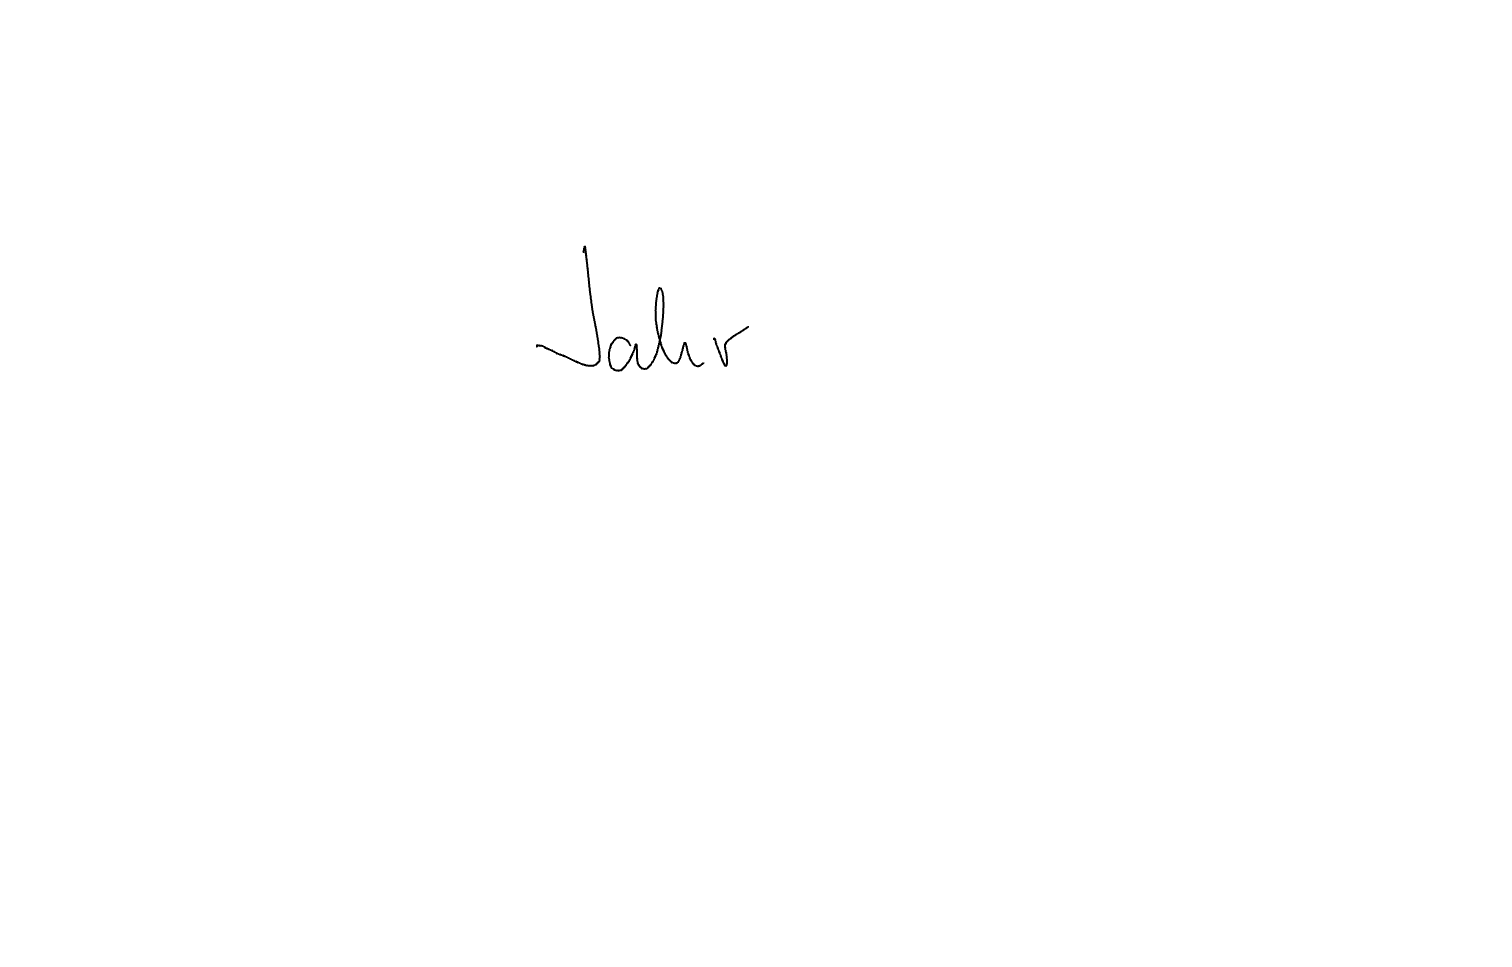
Text: Jahr